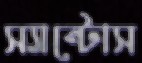
স্যান্টোস